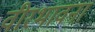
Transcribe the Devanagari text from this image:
वीरभावना